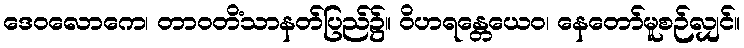
ဒေဝလောကေ၊ တာဝတိံသာနတ်ပြည်၌။ ဝိဟရန္တေယေဝ၊ နေတော်မူစဉ်လျှင်။